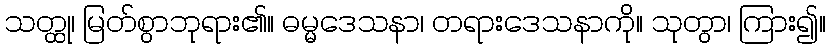
သတ္ထု၊ မြတ်စွာဘုရား၏။ ဓမ္မဒေသနာ၊ တရားဒေသနာကို။ သုတွာ၊ ကြား၍။